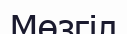
Мөзгіл